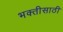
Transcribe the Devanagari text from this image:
भक्तीसाठी